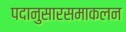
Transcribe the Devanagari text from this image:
पदानुसारसमाकलन